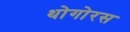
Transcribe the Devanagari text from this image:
थोगोरस